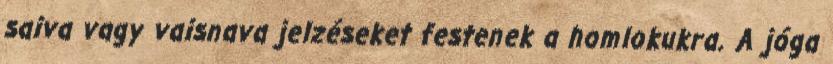
saiva vagy vaisnava jelzéseket festenek a homlokukra. A jóga